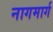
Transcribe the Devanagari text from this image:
नागमार्ग